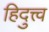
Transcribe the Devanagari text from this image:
हिदुत्त्व